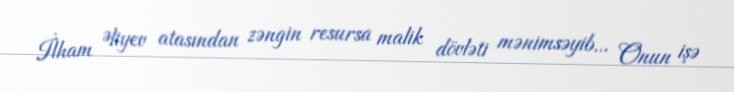
İlham Əliyev atasından zəngin resursa malik dövləti mənimsəyib... Onun işə